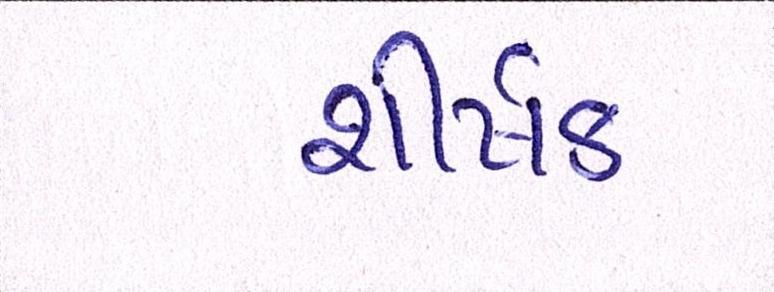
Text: શીર્ષક